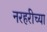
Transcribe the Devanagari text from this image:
नरहरीच्या